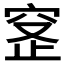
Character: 𬔊